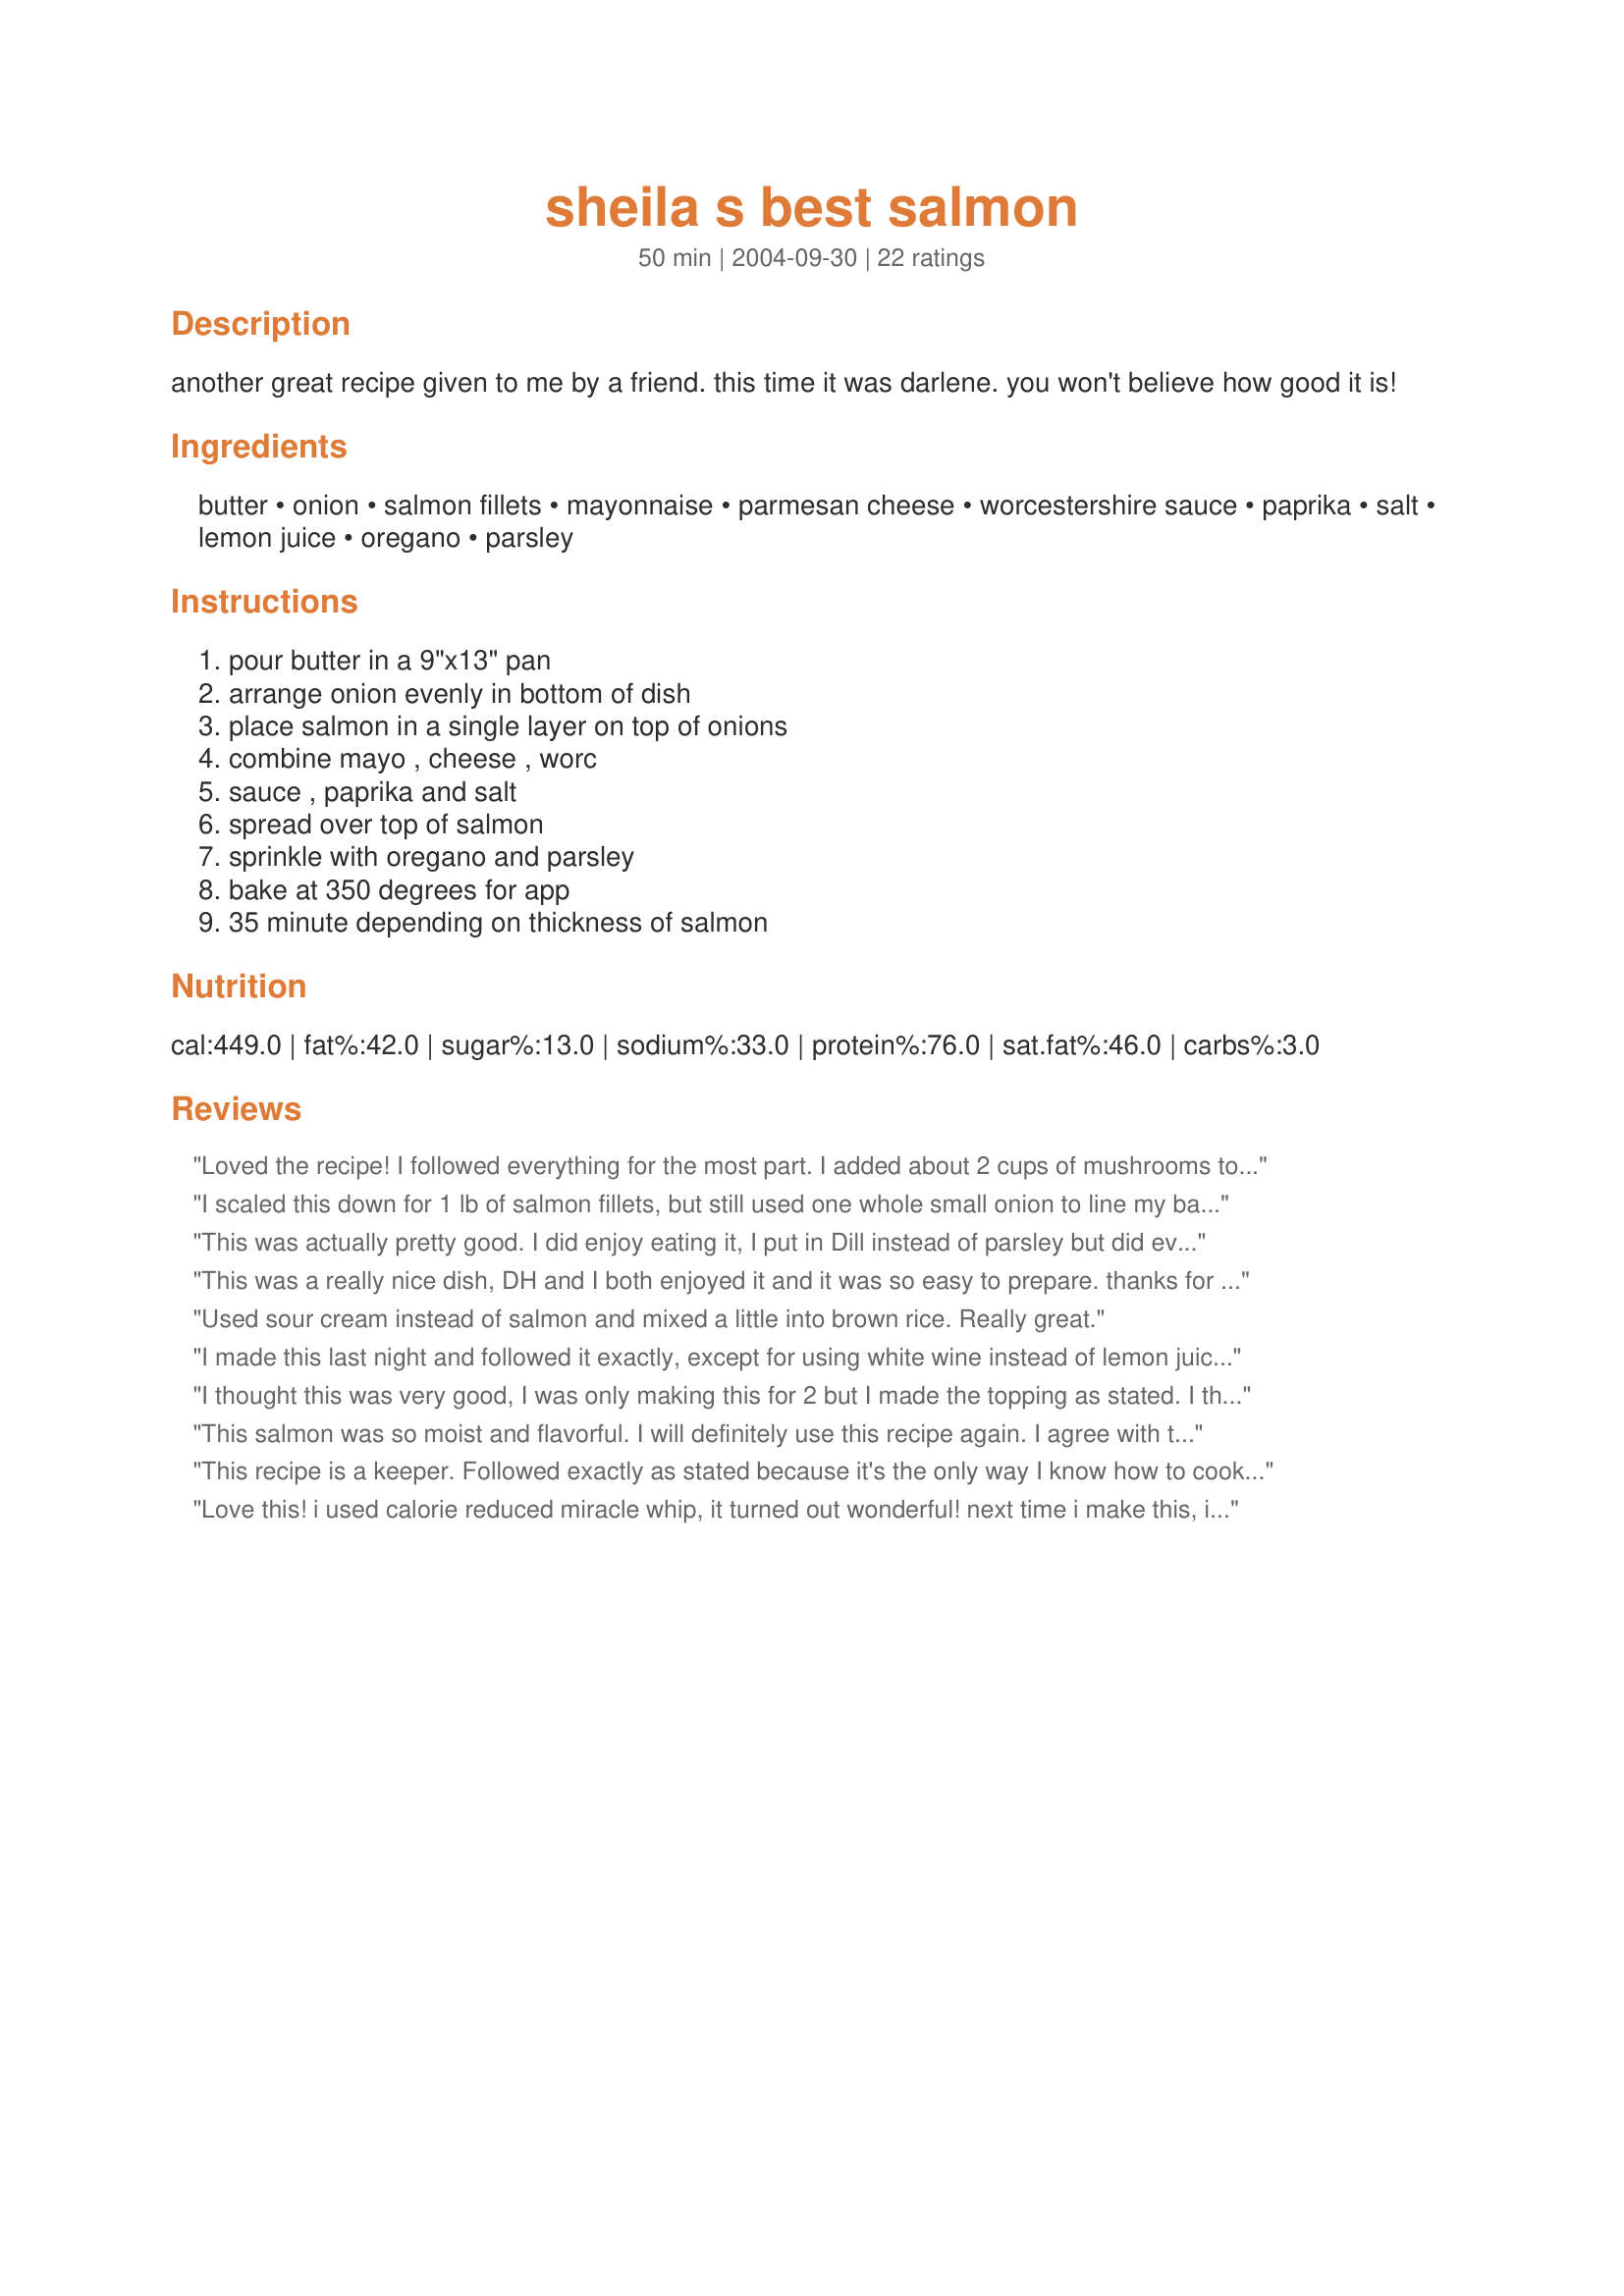
sheila s best salmon
Preparation time: 50 minutes

another great recipe given to me by a friend. this time it was darlene. you won't believe how good it is!

Ingredients:
butter, onion, salmon fillets, mayonnaise, parmesan cheese, worcestershire sauce, paprika, salt, lemon juice, oregano, parsley

Steps:
pour butter in a 9"x13" pan, arrange onion evenly in bottom of dish, place salmon in a single layer on top of onions, combine mayo , cheese , worc, sauce , paprika and salt, spread over top of salmon, sprinkle with oregano and parsley, bake at 350 degrees for app, 35 minute depending on thickness of salmon

Reviews:
Loved the recipe! I followed everything for the most part. I added about 2 cups of mushrooms to the onion butter mix. The fish came out very tasty, onions and mushrooms was a great combination that added more flavor to the fish. Everyone loved it in my family. Thank you! 
I will definitely make this again, and again and again! lol
I scaled this down for 1 lb of salmon fillets, but still used one whole small onion to line my baking dish... I used your hint about putting the butter and onions together and letting it melt in the oven while it pre-heated... saved me from washing another pan to melt the butter! The topping browned up beautifully and kept the salmon very moist. It was a little strong on the mayo flavor for me, but my BF loved it. I may reduce the amount next time just a little. I wasn't sure if you meant to sprinkle the fish with dried or fresh herbs and chose dried since I had them on hand... Very pretty presentation and easy clean up. I served it with Recipe #25087 and a green salad. A delicious meal... thanks for sharing!!!
This was actually pretty good. I did enjoy eating it, I put in Dill instead of parsley but did everything else the same. I don't see myself making it again because of the calorie content (mayo) but I am glad I made it at least once.
This was a really nice dish, DH and I both enjoyed it and it was so easy to prepare. thanks for sharing
Used sour cream instead of salmon and mixed a little into brown rice. Really great.
I made this last night and followed it exactly, except for using white wine instead of lemon juice. (I did not have a lemon.) It was delicious! The onions add a lot.
Next time I will double the sauce recipe just because it was so good. I think it might also be good on chicken breasts.
I thought this was very good, I was only making this for 2 but I made the topping as stated. I then did what sylvie suggested and used the left over topping, mixed it with a little stock, wine and lemon juice to make a sauce, as I served mine over rice as well. It worked out really well and We both thouroughly enjoyed it. I will say one thing though, if you are not serving with rice the salmon with the topping as is, is delicious and full of flavour and is all that is needed. Very good and easy way to cook salmon thanks for sharing will definitely be making again.
This salmon was so moist and flavorful. I will definitely use this recipe again. I agree with the other reviewers regarding the amount of topping. So I doubled the amount of salmon for the topping and it worked out perfectly! Thank you for sharing this recipe.
This recipe is a keeper. Followed exactly as stated because it's the only way I know how to cook. The whole family had 2nd and 3rds. Thank you so much for taking the time to post this wonderful recipe.
Love this! i used calorie reduced miracle whip, it turned out wonderful! next time i make this, i think i will sprinkle with Dill weed instead of oregano, just for kicks :)
This is going into my best of the best file. We loved the flavor of this salmon. I especially loved the way the onions turned out. The salmon comes out very moist and flavorful. Just an excellent recipe for salmon!
I added only half as much mayonnaise and found this still to be very tasty. The mayonnaise mixture added so much extra to the salmon.
Excellent recipe! I was a little hesitant when it came to adding mayonnaise but it all came together so well and everyone agreed a five for sure! Made as directed and it is perfect for our tastes and definitely a repeatable! Thank you mabers for adding a new recipe to my family favorites.
Oh how we loved this salmon!
Well, that sure was interesting. I loved the flavor from the onion and garlic in the bottom of the dish. DH cleaned his plate (sans the skin :D ) I followed the directions for making the flavor spread, substituting Miracle Whip for Mayo. When I make this again, I will use maybe 1/3 as much mayo, will carmelize the onions a little longer before baking the salmon and use less of the topping. Thanks for sharing this recipe.
A nice variation on the mayo salmon topping! The addition of the worcerstershire sauce was good, and I loved the onion base. I omitted the salt (personal preference). Thanks for sharing!
Flavorful topping for salmon; very good flavor.
This is simple to make and we enjoyed eating it. I halved the recipe and followed it exactly, apart from adding a layer of mushrooms with the onions underneath the salmon. The flavours were good and the lemon added a nice zing. We served it with rice and I might add a little fish stock or some cream next time, so that I have a little sauce to go with it. Thanks for sharing.
I have made this recipe several times, and it is the best salmon I have ever tasted. Every one can't get enough of the salmon . Thank you for such a delicious recipe.
This was delicious. Salmon was on sale today so when I got home at dinner time I quickly did a search in My Cookbook for a salmon recipe that I'd like to try. I'm glad I chose this one. I had all of the ingredients. I particularly liked the buttery onions. I'm glad I have leftovers.
Very good, and a nice change of pace for salmon. I omitted the onions for the haters in my family, and it was still delicious. Thanks for sharing the recipe!
I followed everything exactly, and it was delicious! But for only 1 filet, I only needed about 20 minutes to cook it.
